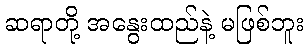
ဆရာတို့ အနွေးထည်နဲ့ မဖြစ်ဘူး